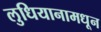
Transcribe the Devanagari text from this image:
लुधियानामधून